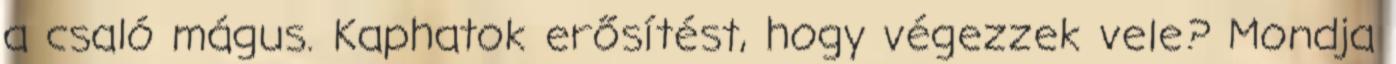
a csaló mágus. Kaphatok erősítést, hogy végezzek vele? Mondja